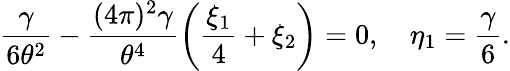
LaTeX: \frac{\gamma}{6\theta^{2}}-\frac{(4\pi)^{2}\gamma}{\theta^{4}}\left(\frac{\xi_{1}}{4}+\xi_{2}\right)=0,\ \ \ \ \eta_{1}=\frac{\gamma}{6}.